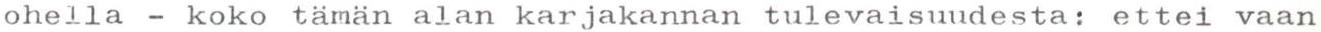
ohella - koko tämän alan karjakannan tulevaisuudesta: ettei vaan